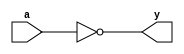
module not_gate(a,y);
input a;
output y;
not(y,a);
endmodule